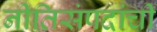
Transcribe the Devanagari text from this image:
नीतिसंपदांची